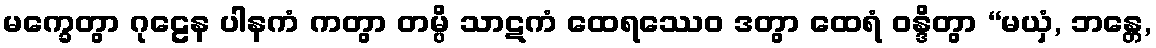
မက္ခေတွာ ဂုဠေန ပါနကံ ကတွာ တမ္ပိ သာဋကံ ထေရဿေဝ ဒတွာ ထေရံ ဝန္ဒိတွာ “မယှံ, ဘန္တေ,